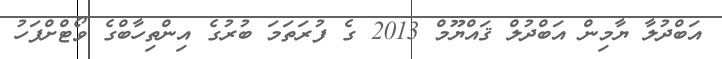
އަބްދުލާ ޔާމިން އަބްދުލް ޤައްޔޫމް 2013 ގެ ފުރަތަމަ ބުރުގެ އިންތިހާބްގެ ވޯޓްށްފަހު